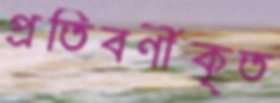
প্রতিবর্ণীকৃত